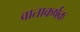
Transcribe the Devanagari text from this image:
वाताकर्षक